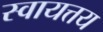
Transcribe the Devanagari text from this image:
स्वायत्तय